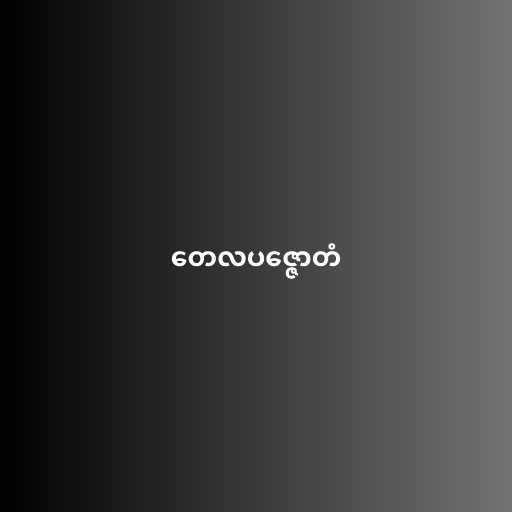
တေလပဇ္ဇောတံ